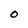
Character: O